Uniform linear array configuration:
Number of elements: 12
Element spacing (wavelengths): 0.25
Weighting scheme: binomial
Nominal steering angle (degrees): -60
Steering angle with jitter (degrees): -60.378
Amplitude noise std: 0.05
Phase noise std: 0.05

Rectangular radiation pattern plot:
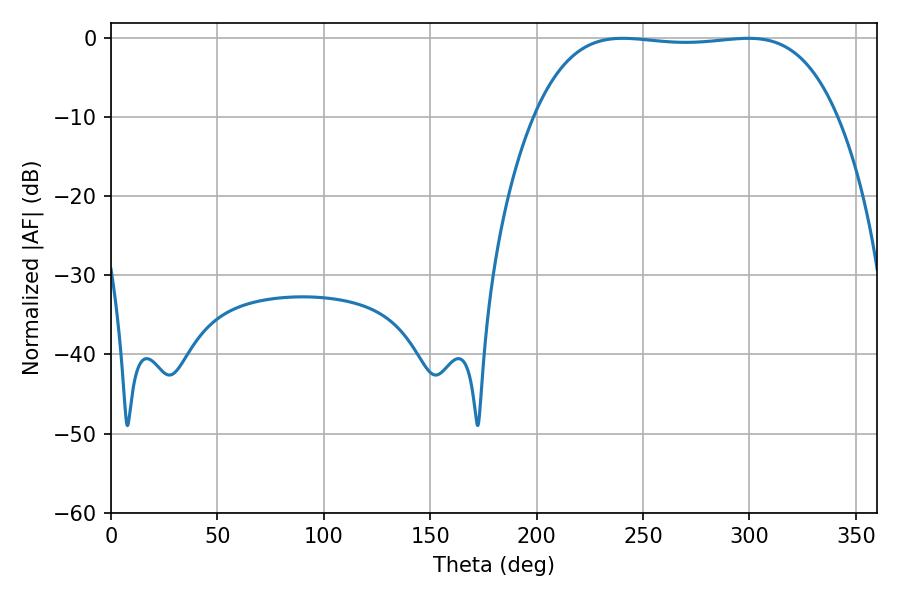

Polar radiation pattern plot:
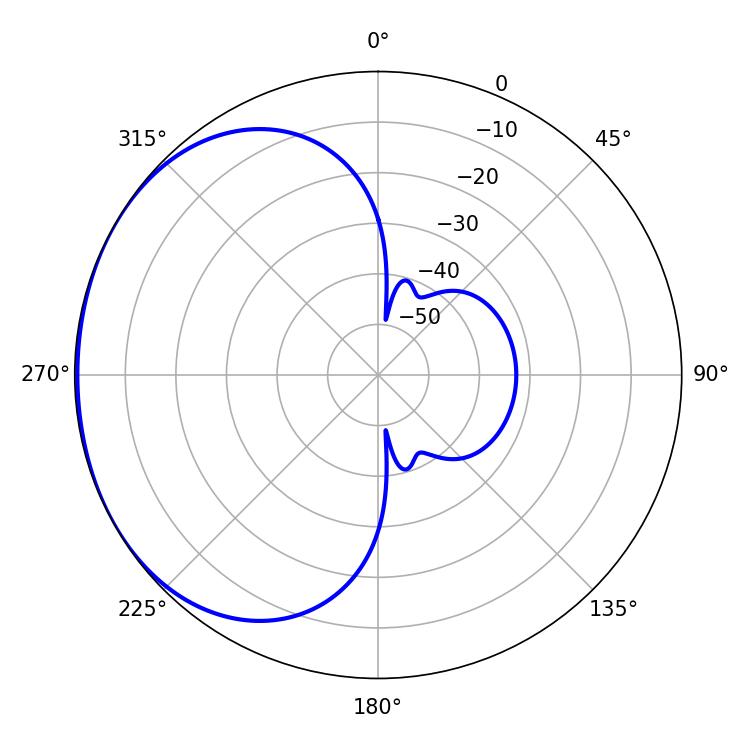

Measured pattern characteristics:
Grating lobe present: FALSE
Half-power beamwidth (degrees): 111.96
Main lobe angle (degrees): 240.48